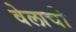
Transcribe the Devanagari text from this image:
वेलाची